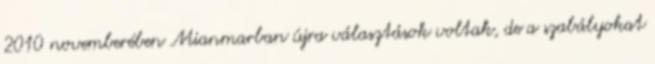
2010 novemberében Mianmarban újra választások voltak, de a szabályokat